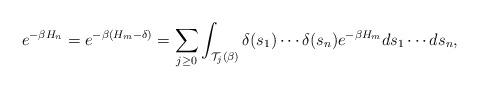
LaTeX: \begin{align*}e^{-\beta H_n}=e^{-\beta(H_m-\delta)}=\sum_{j\ge 0} \int_{\mathcal{T}_j(\beta)}\delta(s_1)\cdots \delta(s_n) e^{-\beta H_m} ds_1\cdots ds_n , \end{align*}